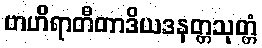
ဗာဟိရာတီတာဒိယဒနတ္တသုတ္တံ